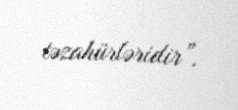
təzahürləridir”.